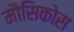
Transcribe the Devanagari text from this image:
मौसिकोस